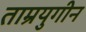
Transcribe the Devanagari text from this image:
ताम्रयुगीन